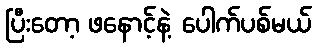
ပြီးတော့ ဖနောင့်နဲ့ ပေါက်ပစ်မယ်